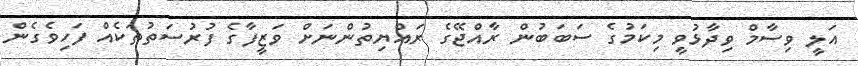
އަލީ ވިސާމް ވިދާޅުވީ މިކަމުގެ ސަބަބުން ރާއްޖޭގެ ރައްޔިތުންނަށް ވަޒީފާގެ ފުރުސަތުތަކެއް ފަހިވެގެން